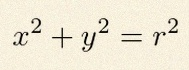
x^2+y^2=r^2